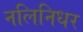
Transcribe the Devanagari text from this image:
नलिनिधर